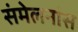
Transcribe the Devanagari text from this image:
संमेलनांस